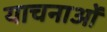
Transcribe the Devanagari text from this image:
याचनाओं